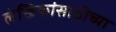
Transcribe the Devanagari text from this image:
लेखिकांसाठीच्या